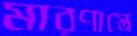
মারণাস্ত্রে